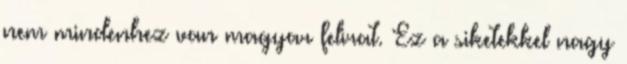
nem mindenhez van magyar felirat. Ez a siketekkel nagy